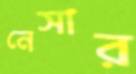
নেসার